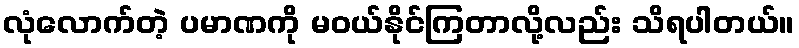
လုံလောက်တဲ့ ပမာဏကို မဝယ်နိုင်ကြတာလို့လည်း သိရပါတယ်။